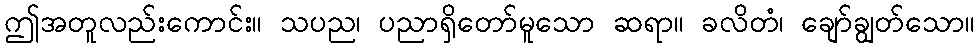
ဤအတူလည်းကောင်း။ သပည၊ ပညာရှိတော်မူသော ဆရာ။ ခလိတံ၊ ချော်ချွတ်သော။